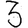
Digit: 3